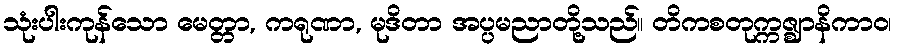
သုံးပါးကုန်သော မေတ္တာ, ကရုဏာ, မုဒိတာ အပ္ပမညာတို့သည်။ တိကစတုက္ကဇ္ဈာနိကာဝ၊